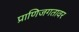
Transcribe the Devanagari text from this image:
प्राणिजगतावर